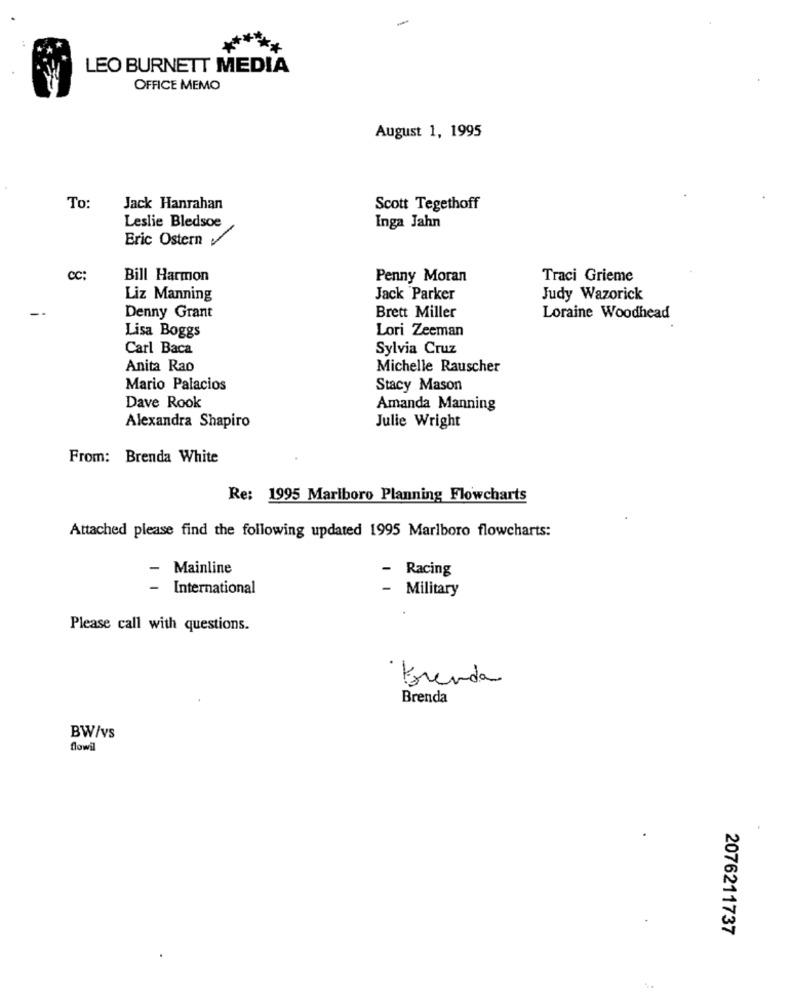
*****
LEO BURNETT MEDIA
OFFICE MEMO
August 1, 1995
To:
Jack Hanrahan
Scott Tegethoff
Leslie Bledsoe
Inga Jahn
Eric Ostern
Cc:
Bill Harmon
Penny Moran
Traci Grieme
Liz Manning
Jack Parker
Judy Wazorick
Denny Grant
Brett Miller
Loraine Woodhead
Lisa Boggs
Lori Zeeman
Carl Baca
Sylvia Cruz
Anita Rao
Michelle Rauscher
Mario Palacios
Stacy Mason
Dave Rook
Amanda Manning
Alexandra Shapiro
Julie Wright
From: Brenda White
Re: 1995 Marlboro Planning Flowcharts
Attached please find the following updated 1995 Marlboro flowcharts:
- Mainline
- Racing
- International
- Military
Please call with questions.
· Forenda
Brenda
BW/vs
flowil
2076211737